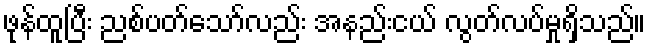
ဖုန်ထူပြီး ညစ်ပတ်သော်လည်း အနည်းငယ် လွတ်လပ်မှုရှိသည်။